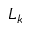
L _ { k }